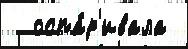
  оспа́р'ивала